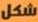
شكل